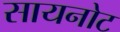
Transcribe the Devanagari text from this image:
सायनोट